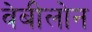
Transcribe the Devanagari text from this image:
वेबीलोन